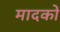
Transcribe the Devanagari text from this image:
मादकों